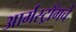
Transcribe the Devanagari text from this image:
आर्मस्ट्राँगचे